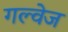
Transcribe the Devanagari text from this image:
गल्वेज